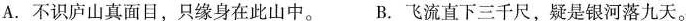
A.不识庐山真面目，只缘身在此山中。 B.飞流直下三千尺，疑是银河落九天。